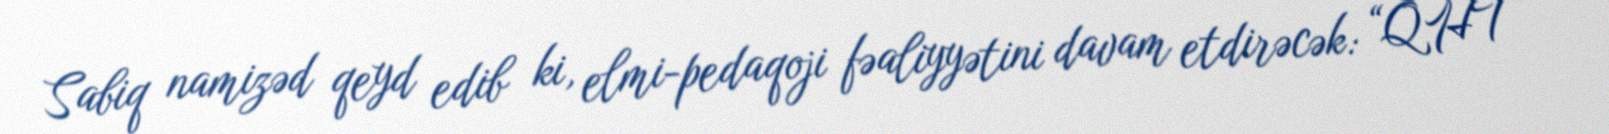
Sabiq namizəd qeyd edib ki, elmi-pedaqoji fəaliyyətini davam etdirəcək: “QHT